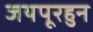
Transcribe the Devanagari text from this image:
जयपूरहुन